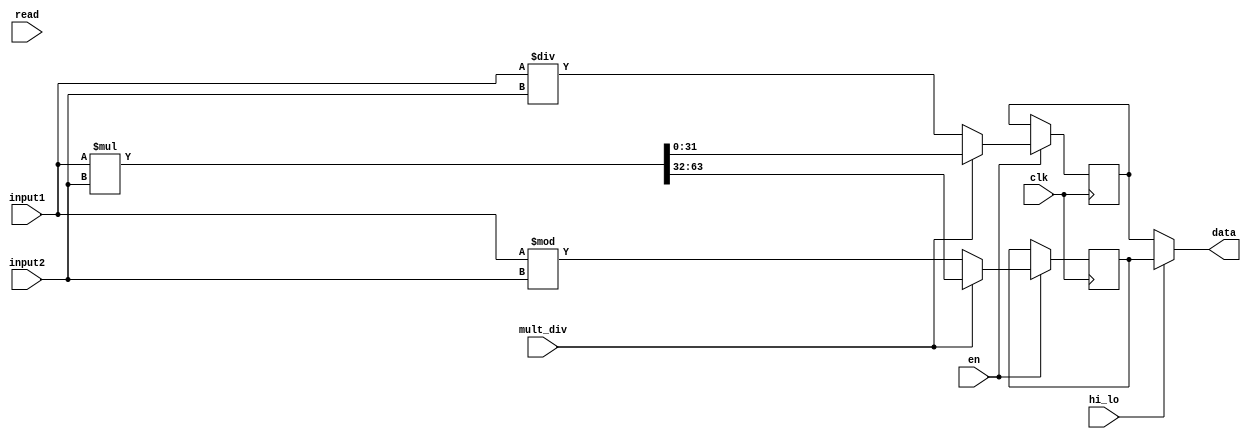
`timescale 1ns / 1ps

module MultDiv(
    input clk,
    input en,
    input mult_div,
    input[31:0] input1,
    input[31:0] input2,
    input read,
    input hi_lo,
    output[31:0] data
    );

reg [31:0] hi;
reg [31:0] lo;

initial begin
    hi = 32'b0;
    lo = 32'b0;
end

always @(negedge clk) begin
    if (en) begin
        if (mult_div) begin
            {hi, lo} = $signed(input1) * $signed(input2);
        end
        else begin
            hi = $signed(input1) % $signed(input2);
            lo = $signed(input1) / $signed(input2);
        end
    end
end

assign data = (hi_lo)? hi : lo;

endmodule